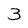
Character: 3